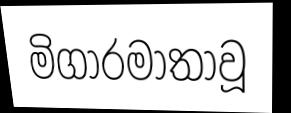
මිගාරමාතාවූ